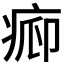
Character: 𱱒